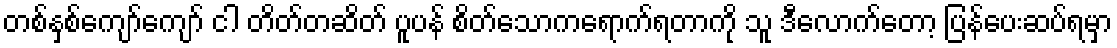
တစ်နှစ်ကျော်ကျော် ငါ တိတ်တဆိတ် ပူပန် စိတ်သောကရောက်ရတာကို သူ ဒီလောက်တော့ ပြန်ပေးဆပ်ရမှာ